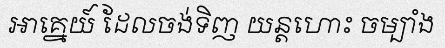
អាគ្នេយ៍ ដែលចង់ទិញ យន្តហោះ ចម្បាំង